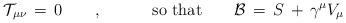
LaTeX: \begin{align*}{\mathcal T}_{\mu\nu}\,=\,0 \qquad , \hspace{0.5in} \hbox{so that} \qquad {\mathcal B}\,=\,S\,+\, \gamma^{\mu} V_{\mu}\end{align*}